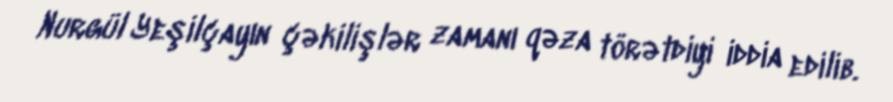
Nurgül Yeşilçayın çəkilişlər zamanı qəza törətdiyi iddia edilib.